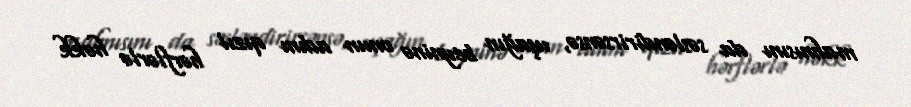
mahnısını da səsləndirirsənsə, uşağın beyninə onun adını qızıl hərflərlə həkk